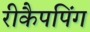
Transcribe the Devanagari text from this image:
रीकैपपिंग